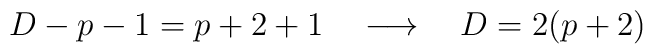
D-p-1 = p+2 +1 \quad \longrightarrow \quad D=2(p+2)